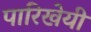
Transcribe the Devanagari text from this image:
पारिखेयी